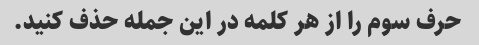
حرف سوم را از هر کلمه در این جمله حذف کنید.